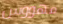
مهووس